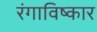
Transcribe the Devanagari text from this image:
रंगाविष्कार